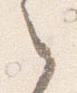
之